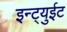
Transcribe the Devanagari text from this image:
इन्ट्युईट